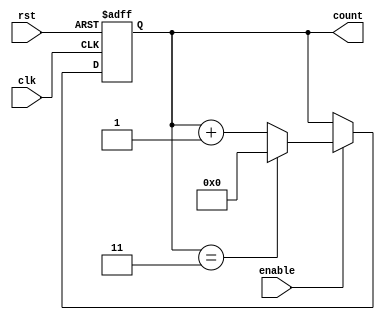
module modulo_n_up_counter (
    input wire clk,
    input wire rst,
    input wire enable,
    output reg [N-1:0] count
);

parameter N = 4; // Specify the modulo-N value

always @(posedge clk or posedge rst) begin
    if (rst) begin
        count <= 0;
    end else if (enable) begin
        if (count == N-1) begin
            count <= 0;
        end else begin
            count <= count + 1;
        end
    end
end

endmodule